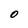
Character: O